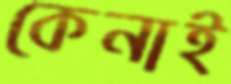
কেনাই